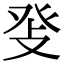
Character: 𤼧